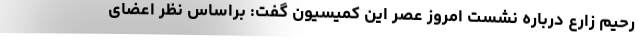
رحیم زارع درباره نشست امروز عصر این کمیسیون گفت: براساس نظر اعضای